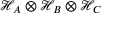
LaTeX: { \mathcal { H } } _ { A } \otimes { \mathcal { H } } _ { B } \otimes { \mathcal { H } } _ { C }